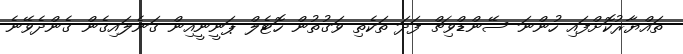
ތައްޔާރުކޮޮށްފައި ހުންނަ ސޭންޑްވިޗް ފަދަ ތަކެތި ވަގުތުން ހޮޓެލް ޕަނީނީއިން ގަނެލައިގެން ގެންދެވޭނެ